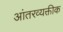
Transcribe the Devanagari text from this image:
आंतरव्यक्तीक